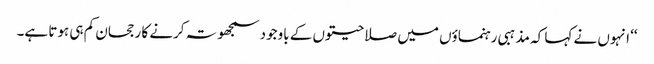
‘‘ انہوں نے کہا کہ مذہبی رہنماؤں میں صلاحیتوں کے باوجود سمجھوتہ کرنے کا رجحان کم ہی ہوتا ہے۔